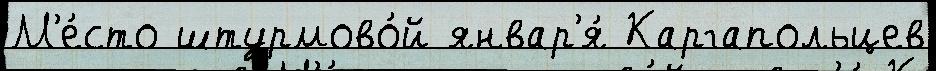
М'е́сто штурмово́й январ'я́ Каргапольцев